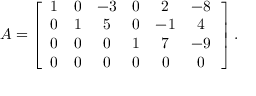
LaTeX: A = \left[ { \begin{array} { c c c c c c } { 1 } & { 0 } & { - 3 } & { 0 } & { 2 } & { - 8 } \\ { 0 } & { 1 } & { 5 } & { 0 } & { - 1 } & { 4 } \\ { 0 } & { 0 } & { 0 } & { 1 } & { 7 } & { - 9 } \\ { 0 } & { 0 } & { 0 } & { 0 } & { 0 } & { 0 } \end{array} } \, \right] .